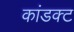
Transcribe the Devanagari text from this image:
कांडक्ट